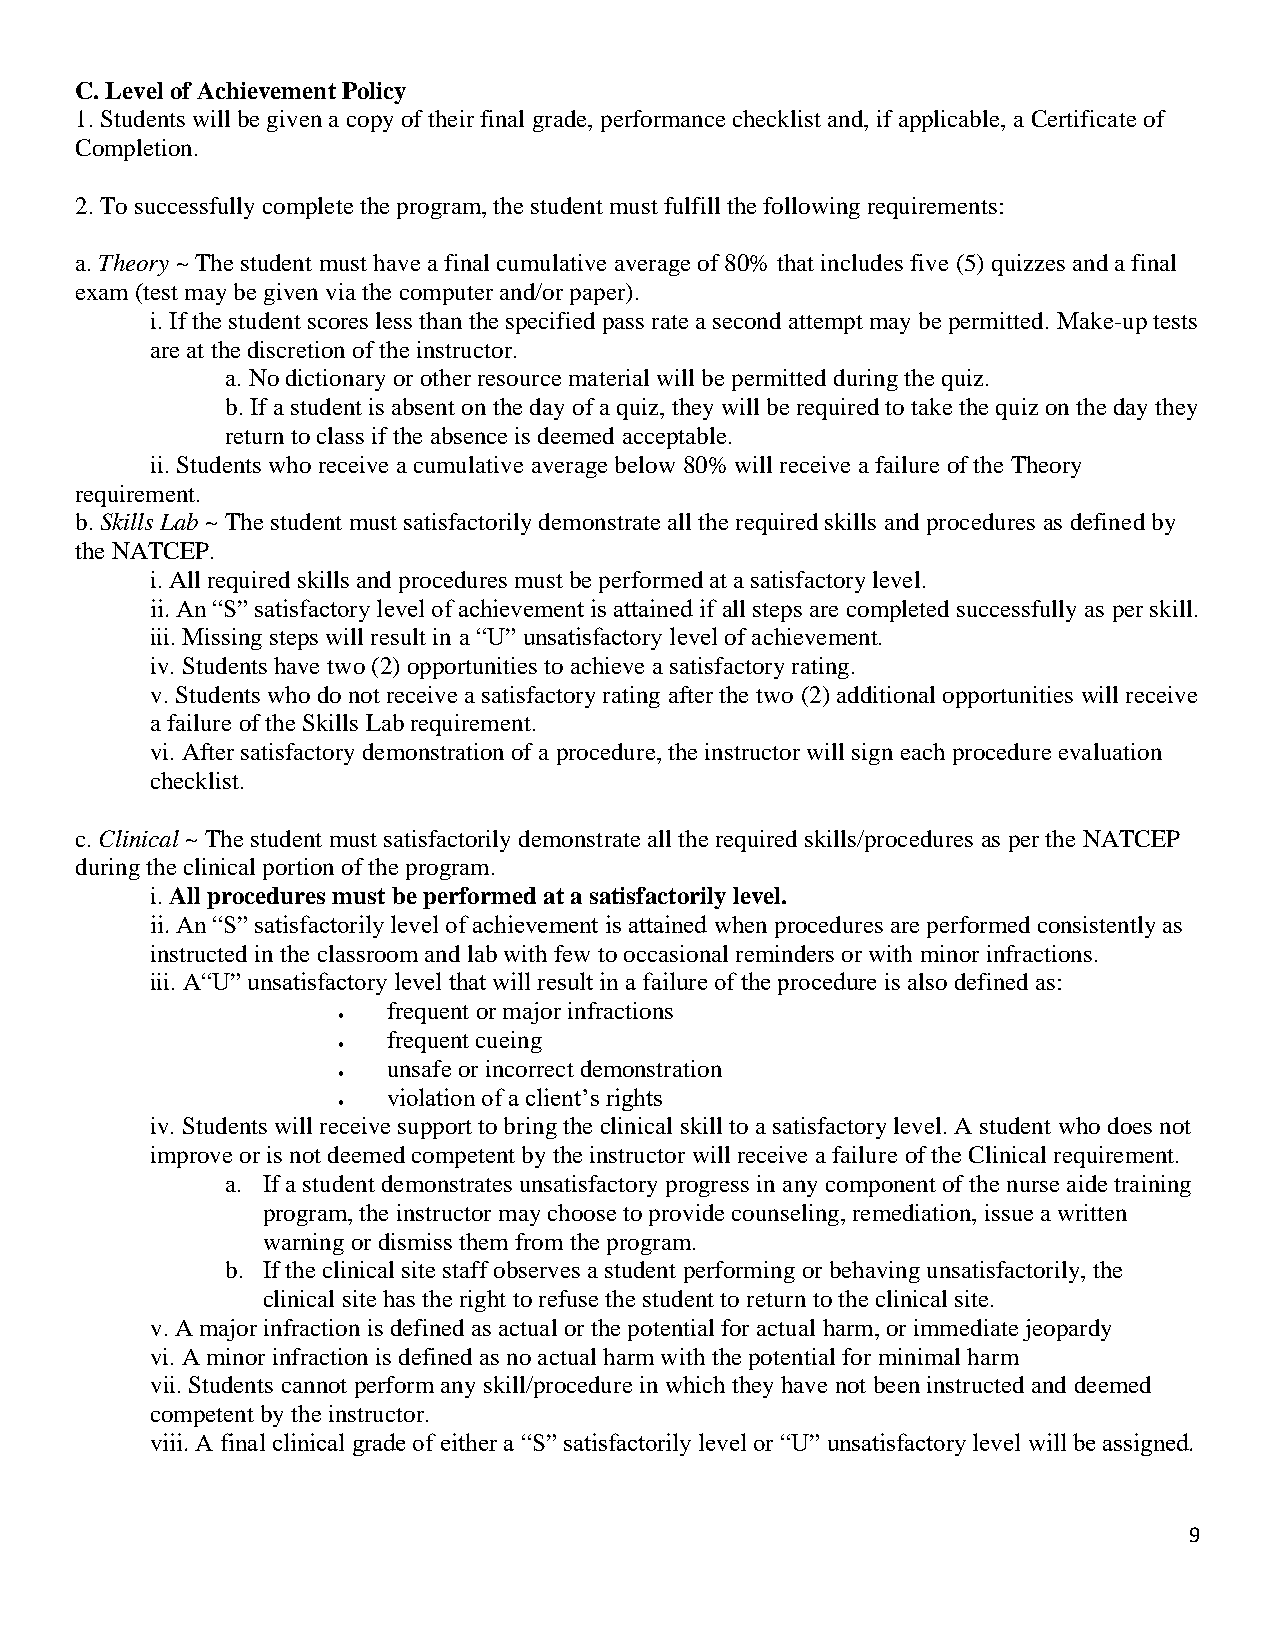
C. Level of Achievement Policy
 1. Students will be given a copy of their final grade, performance checklist and, if applicable, a Certificate of
 Completion.
 2. To successfully complete the program, the student must fulfill the following requirements:
 a. Theory ~ The student must have a final cumulative average of 80% that includes five (5) quizzes and a final
 exam (test may be given via the computer and/or paper).
 i. If the student scores less than the specified pass rate a second attempt may be permitted. Make-up tests
 are at the discretion of the instructor.
 a. No dictionary or other resource material will be permitted during the quiz.
 b. If a student is absent on the day of a quiz, they will be required to take the quiz on the day they
 return to class if the absence is deemed acceptable.
 ii. Students who receive a cumulative average below 80% will receive a failure of the Theory
 requirement.
 b. Skills Lab ~ The student must satisfactorily demonstrate all the required skills and procedures as defined by
 the NATCEP.
 i. All required skills and procedures must be performed at a satisfactory level.
 ii. An “S” satisfactory level of achievement is attained if all steps are completed successfully as per skill.
 iii. Missing steps will result in a “U” unsatisfactory level of achievement.
 iv. Students have two (2) opportunities to achieve a satisfactory rating.
 v. Students who do not receive a satisfactory rating after the two (2) additional opportunities will receive
 a failure of the Skills Lab requirement.
 vi. After satisfactory demonstration of a procedure, the instructor will sign each procedure evaluation
 checklist.
 c. Clinical ~ The student must satisfactorily demonstrate all the required skills/procedures as per the NATCEP
 during the clinical portion of the program.
 i. All procedures must be performed at a satisfactorily level.
 ii. An “S” satisfactorily level of achievement is attained when procedures are performed consistently as
 instructed in the classroom and lab with few to occasional reminders or with minor infractions.
 iii. A“U” unsatisfactory level that will result in a failure of the procedure is also defined as:
 frequent or major infractions
 •
 frequent cueing
 •
 unsafe or incorrect demonstration
 •
 violation of a client’s rights
 •
 iv. Students will receive support to bring the clinical skill to a satisfactory level. A student who does not
 improve or is not deemed competent by the instructor will receive a failure of the Clinical requirement.
 a. If a student demonstrates unsatisfactory progress in any component of the nurse aide training
 program, the instructor may choose to provide counseling, remediation, issue a written
 warning or dismiss them from the program.
 b. If the clinical site staff observes a student performing or behaving unsatisfactorily, the
 clinical site has the right to refuse the student to return to the clinical site.
 v. A major infraction is defined as actual or the potential for actual harm, or immediate jeopardy
 vi. A minor infraction is defined as no actual harm with the potential for minimal harm
 vii. Students cannot perform any skill/procedure in which they have not been instructed and deemed
 competent by the instructor.
 viii. A final clinical grade of either a “S” satisfactorily level or “U” unsatisfactory level will be assigned.
 9